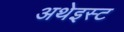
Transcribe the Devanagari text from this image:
अथेइस्ट